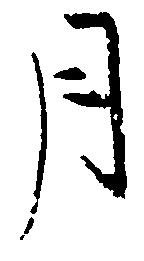
月